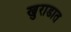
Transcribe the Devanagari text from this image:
खुराडात